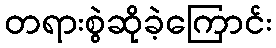
တရားစွဲဆိုခဲ့ကြောင်း